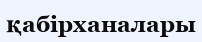
қабірханалары